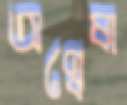
অণ্বেষা